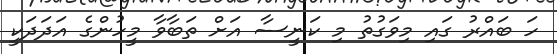
ހަ ބައްރު ގައި މިވަގުތު މި ކަނީސާ އަށް ތަބާވާ މީހުންގެ އަދަދަކީ